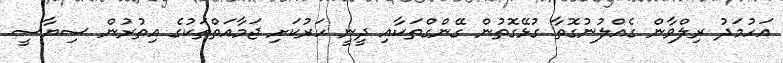
އަހުމަދު ރިލްވާން ގެއްލުނުގޮތާ ގުޅޭގޮތުން ގޭންގްތަކާއި ދީނީ ހަރުކަށި ޖަމާއަތްތަކުގެ އިތުރުން ސިޔާސީ